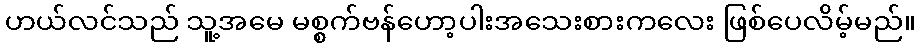
ဟယ်လင်သည် သူ့အမေ မစ္စက်ဗန်ဟော့ပါးအသေးစားကလေး ဖြစ်ပေလိမ့်မည်။